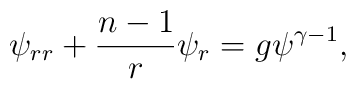
\psi_{rr}+{{n-1}\over r}\psi_r=g\psi^{\gamma-1},